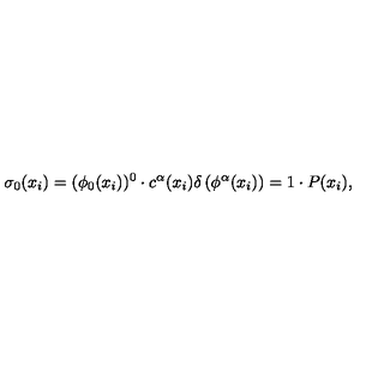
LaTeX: \sigma _ { 0 } ( x _ { i } ) = ( \phi _ { 0 } ( x _ { i } ) ) ^ { 0 } \cdot c ^ { \alpha } ( x _ { i } ) \delta \left( \phi ^ { \alpha } ( x _ { i } ) \right) = 1 \cdot P ( x _ { i } ) ,